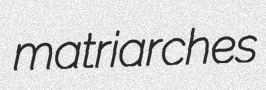
matriarches